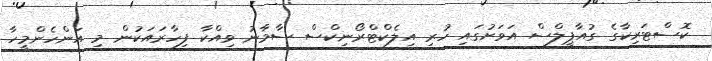
ކޮސްޓަރިކާގެ ގުއާޕީލްސް އަވަށުގައި ހުރި އިލެކްޓްރޯނިކްސް ސާމާނު ވިއްކާ ފިހާރައަކުން މި އަންހެންމީހާ